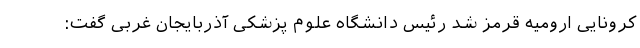
کرونایی ارومیه قرمز شد رئیس دانشگاه علوم پزشکی آذربایجان غربی گفت: